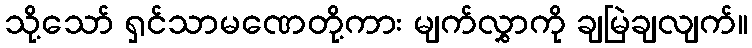
သို့သော် ရှင်သာမဏေတို့ကား မျက်လွှာကို ချမြဲချလျက်။